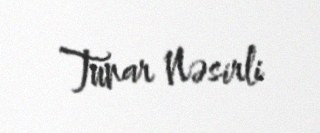
Tunar Nəsirli